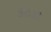
કટકા